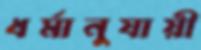
ধর্মানুযায়ী